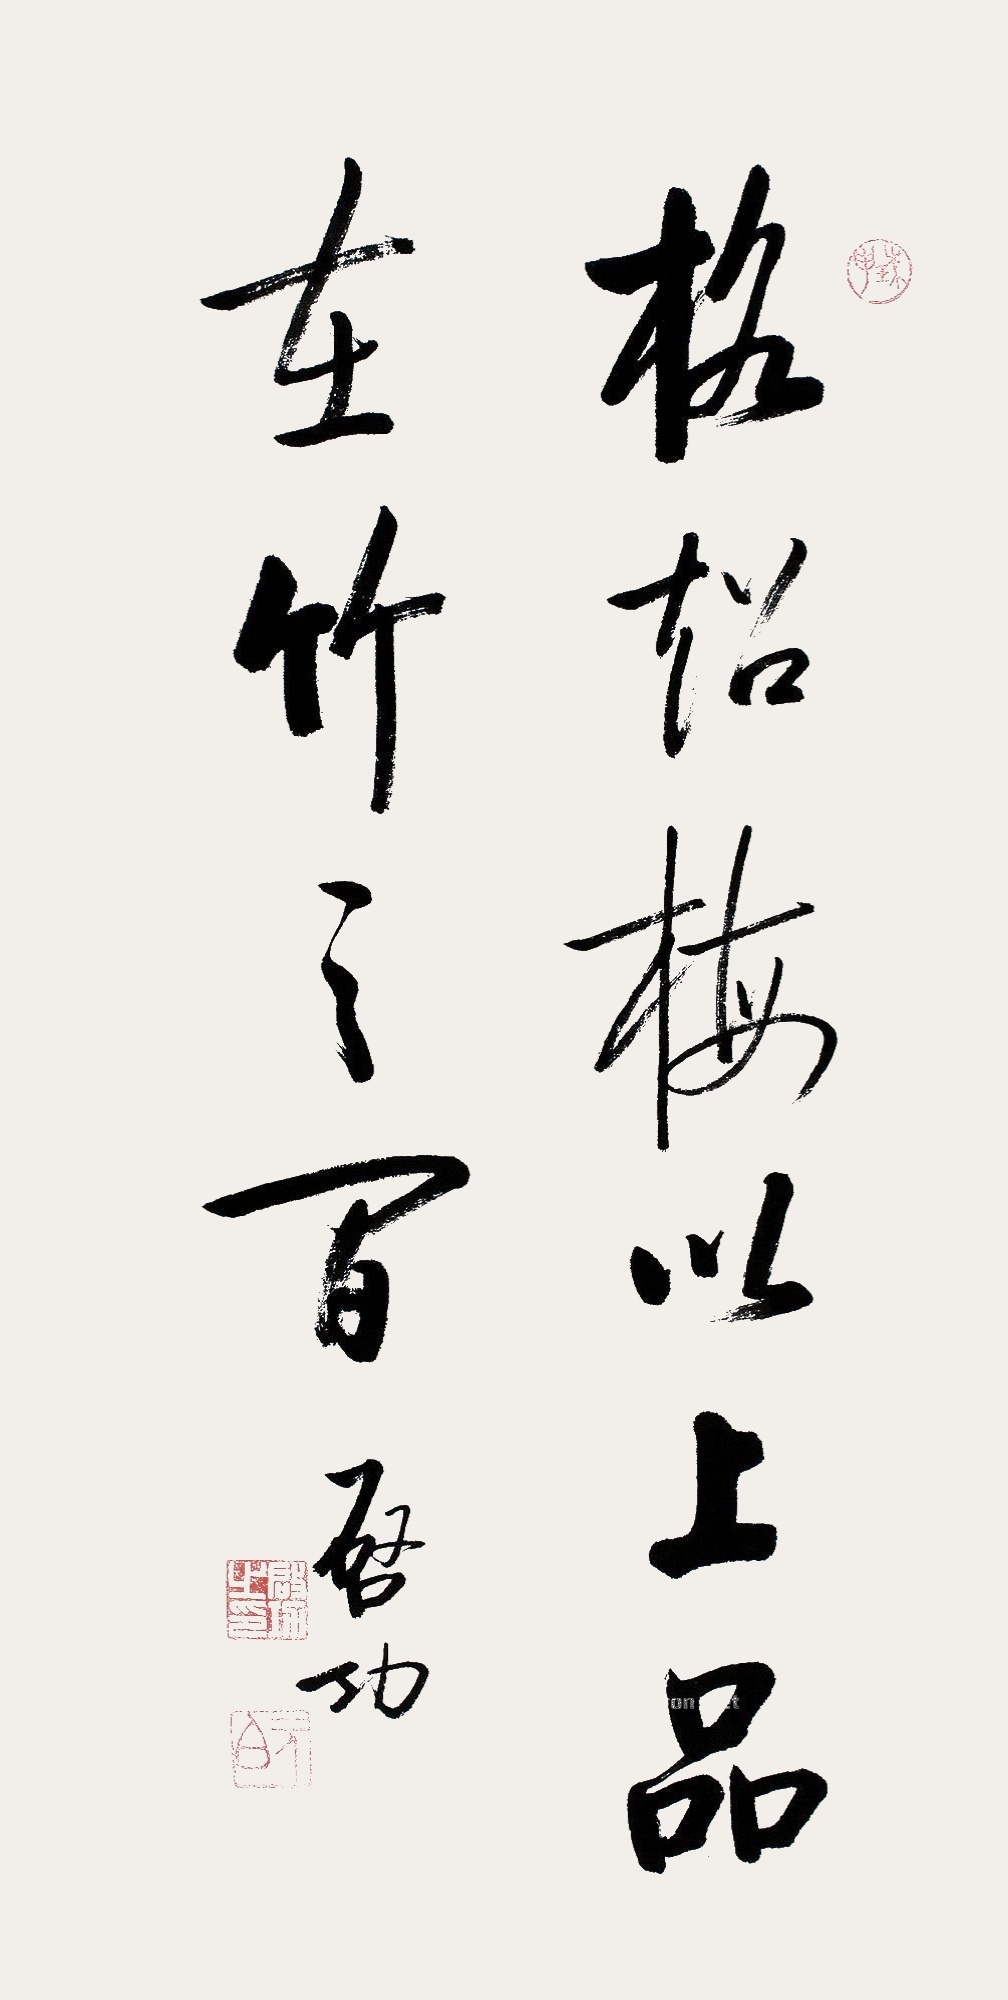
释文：格超梅以上，品在竹之间。启功。